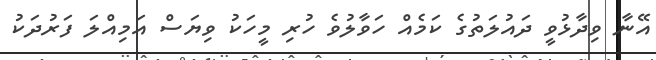
އޭނާ ވިދާޅުވީ ދައުލަތުގެ ކަމެއް ހަވާލުވެ ހުރި މީހަކު ވިޔަސް އަމިއްލަ ފަރުދަކު